65_HS1-834228961_62-HQ-83894_Section_10
Agency: FBI
Page 4
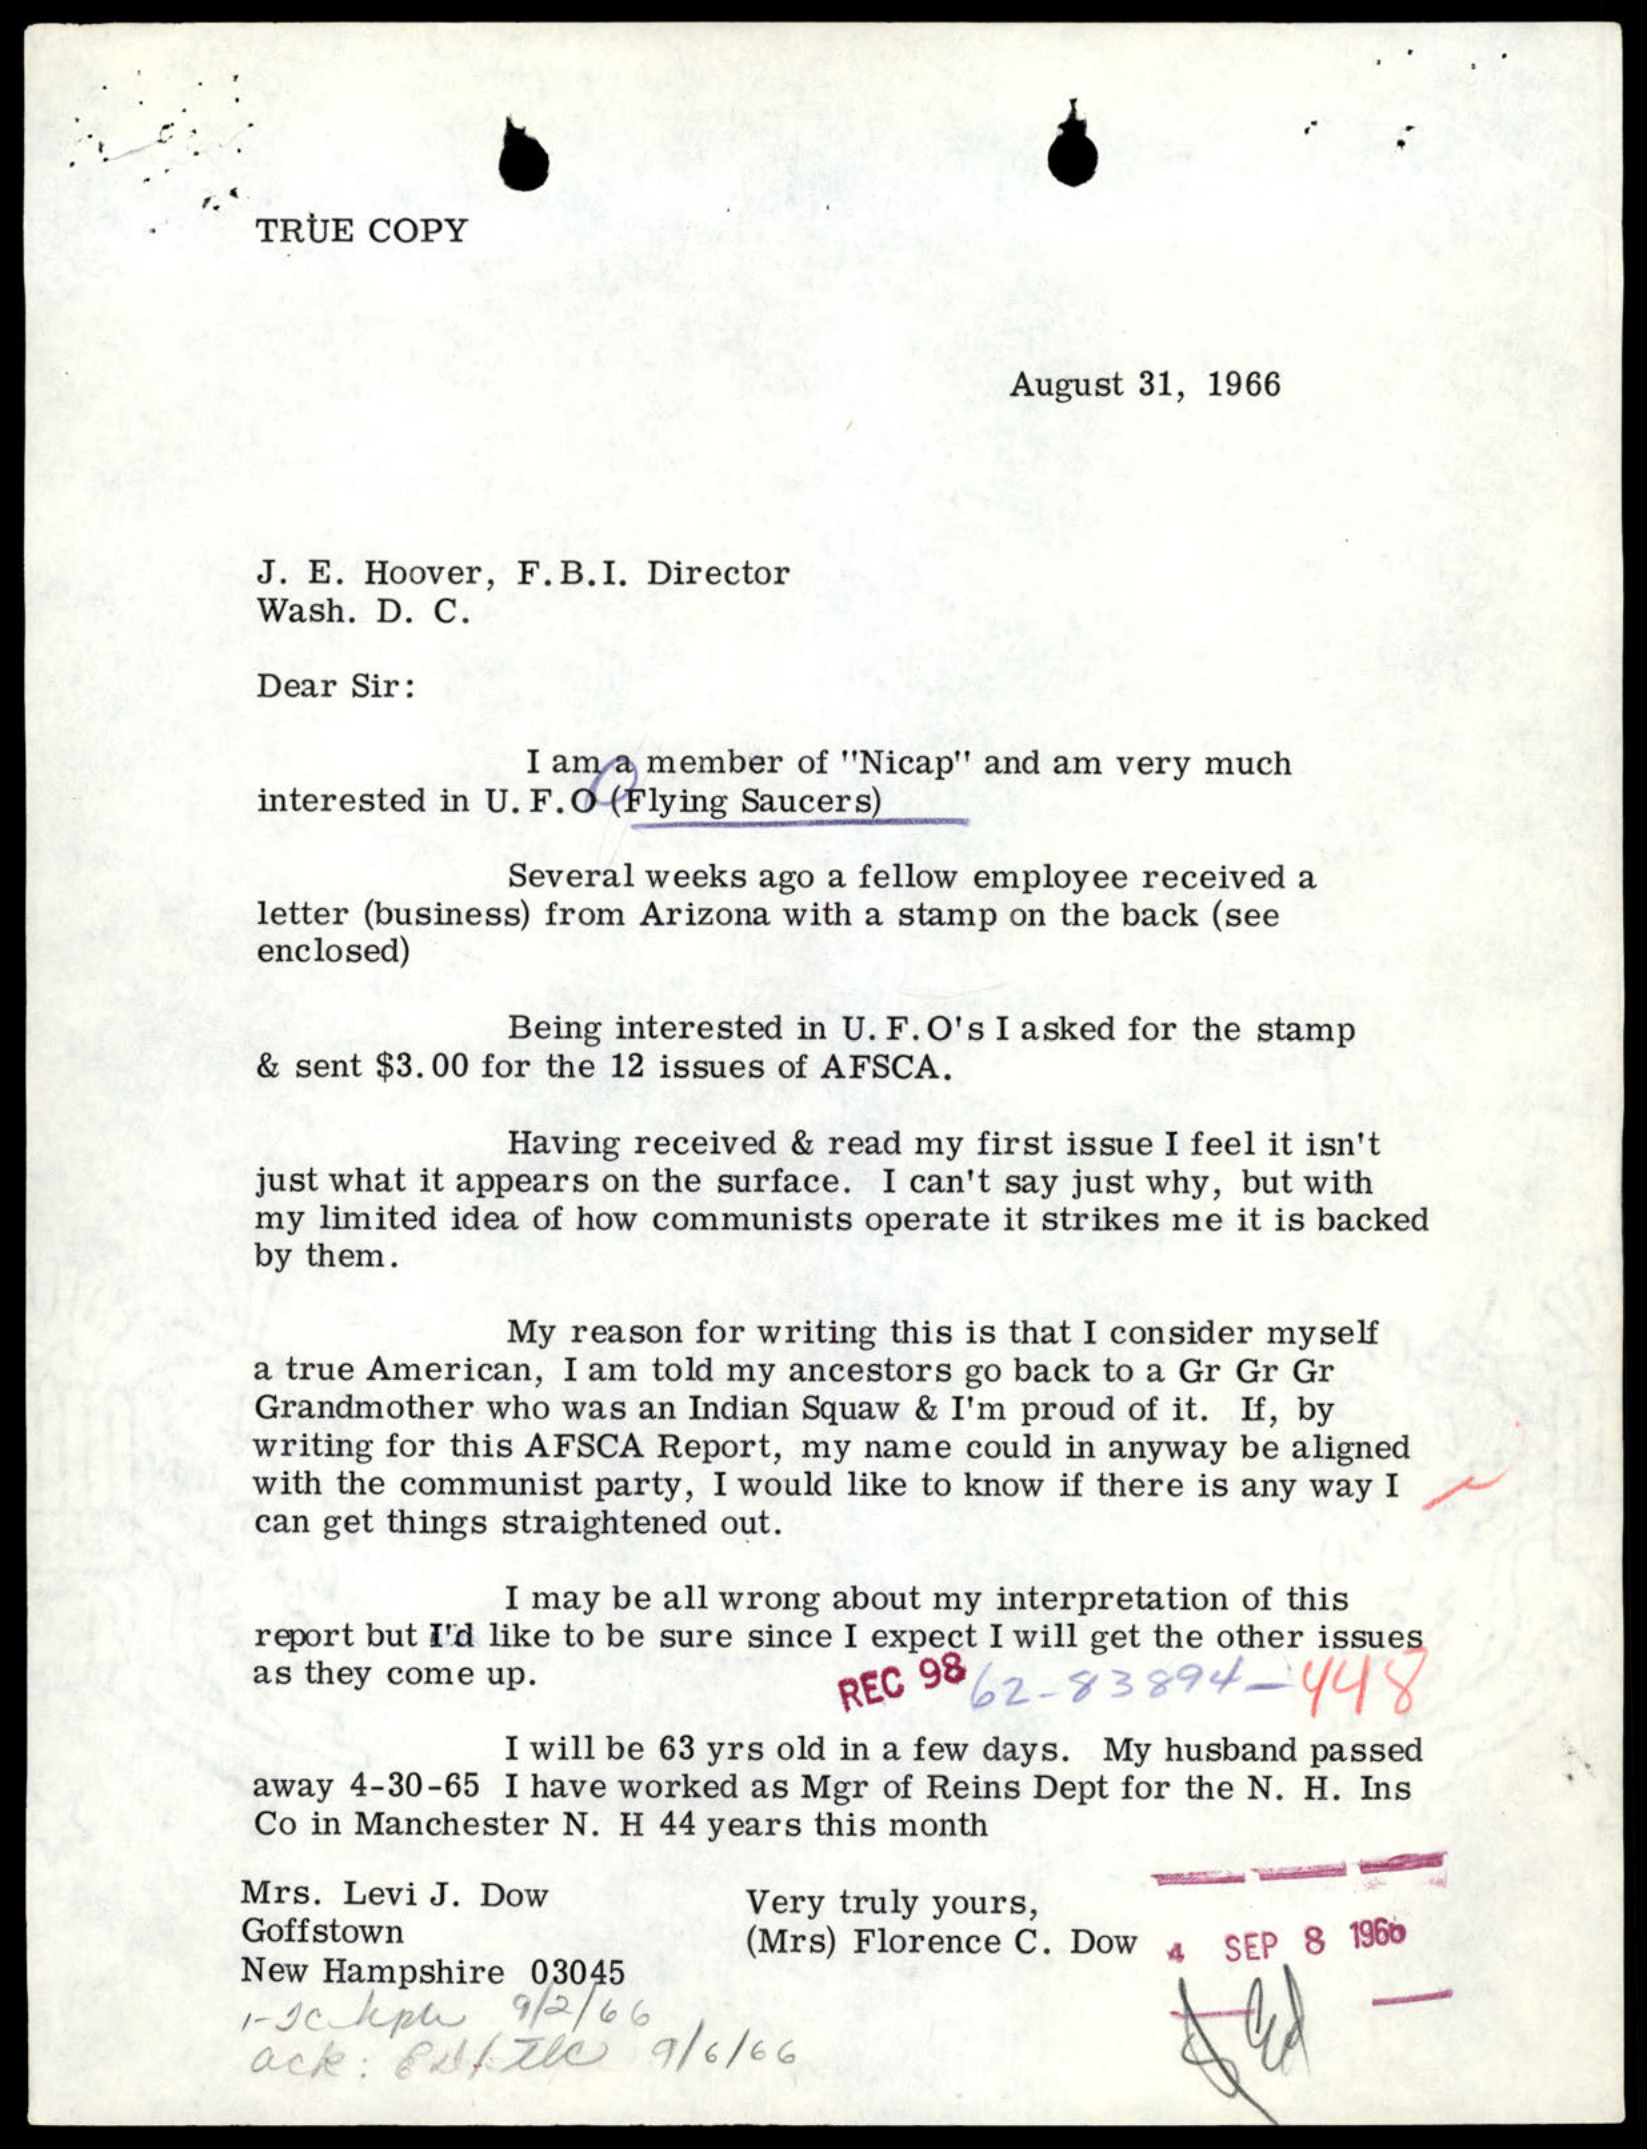